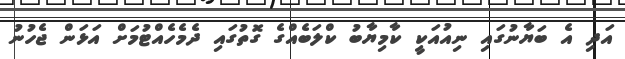
އަދި އެ ބަޔާނުގައި ނިއުއަކީ ކާމިޔާބު ކްލަބެއްގެ ގޮތުގައި ދެމެހެއްޓުމަށް އަޅަން ޖެހުނު